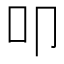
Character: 叩